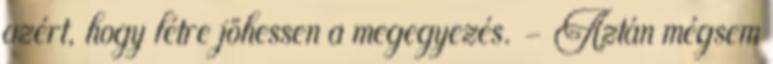
azért, hogy létre jöhessen a megegyezés. – Aztán mégsem